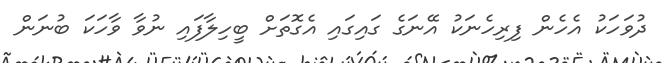
ދުވަހަކު އެހެން ފިރިހެނަކު އޭނަގެ ގައިގައި އެގޮތަށް ބީހިލާފައި ނުވާ ވާހަކަ ބުނަން